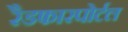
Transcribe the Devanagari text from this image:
रैडफारपोर्टल